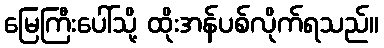
မြေကြီးပေါ်သို့ ထိုးအန်ပစ်လိုက်ရသည်။